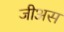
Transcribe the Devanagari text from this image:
जीअस